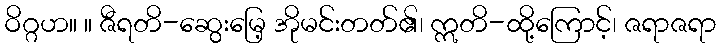
ဝိဂ္ဂဟ။ ။ ဇီရတိ-ဆွေးမြေ့ အိုမင်းတတ်၏၊ ဣတိ-ထို့ကြောင့်၊ ဇရာဇရာ